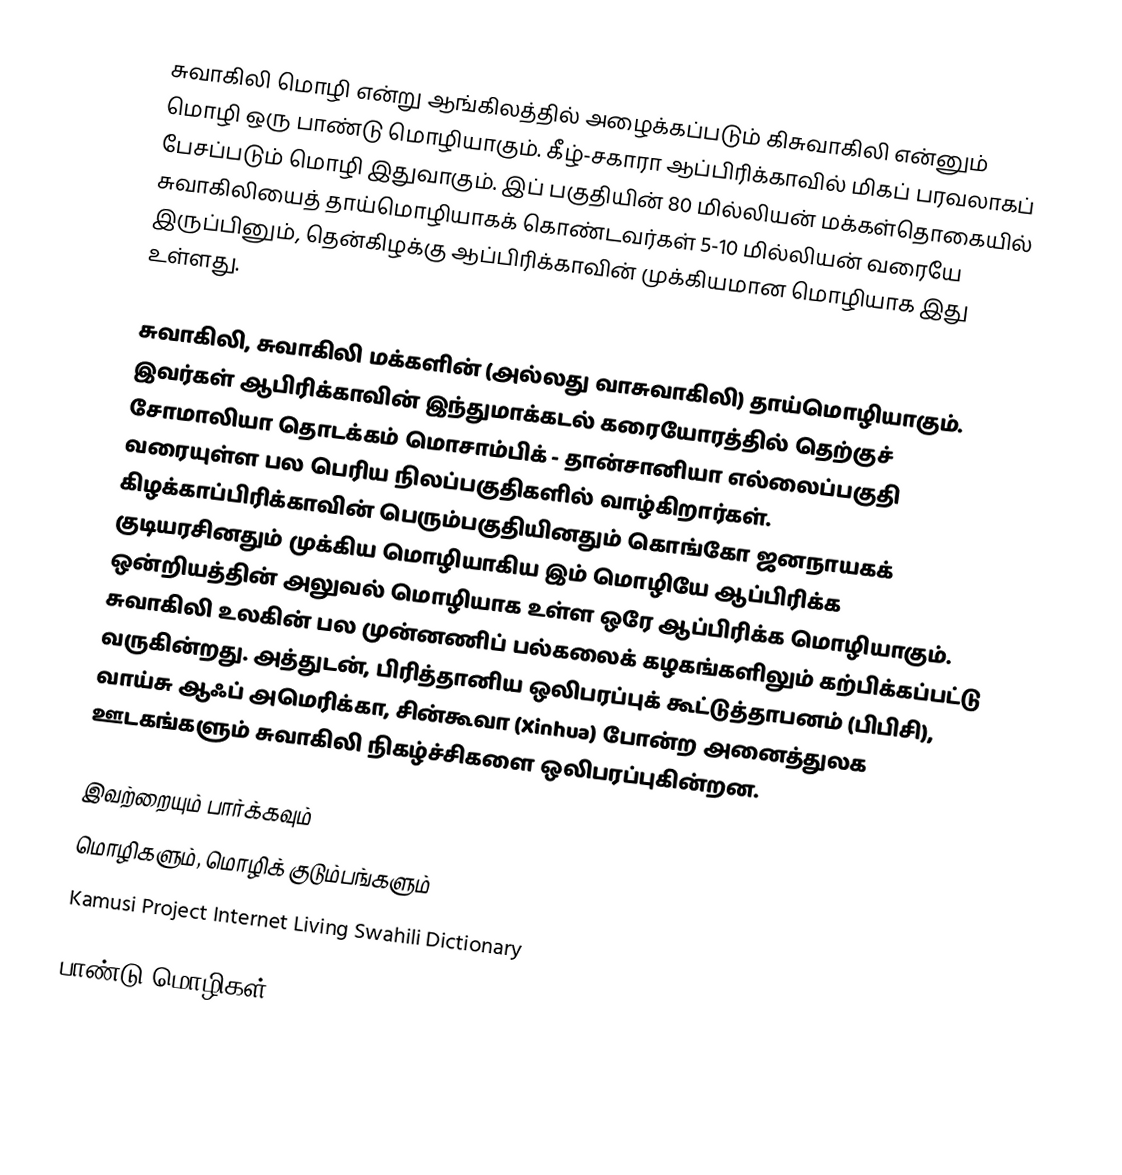
சுவாகிலி மொழி என்று ஆங்கிலத்தில் அழைக்கப்படும் கிசுவாகிலி என்னும் மொழி ஒரு பாண்டு மொழியாகும். கீழ்-சகாரா ஆப்பிரிக்காவில் மிகப் பரவலாகப் பேசப்படும் மொழி இதுவாகும். இப் பகுதியின் 80 மில்லியன் மக்கள்தொகையில் சுவாகிலியைத் தாய்மொழியாகக் கொண்டவர்கள் 5-10 மில்லியன் வரையே இருப்பினும், தென்கிழக்கு ஆப்பிரிக்காவின் முக்கியமான மொழியாக இது உள்ளது.

சுவாகிலி, சுவாகிலி மக்களின் (அல்லது வாசுவாகிலி) தாய்மொழியாகும். இவர்கள் ஆபிரிக்காவின் இந்துமாக்கடல் கரையோரத்தில் தெற்குச் சோமாலியா தொடக்கம் மொசாம்பிக் - தான்சானியா எல்லைப்பகுதி வரையுள்ள பல பெரிய நிலப்பகுதிகளில் வாழ்கிறார்கள். கிழக்காப்பிரிக்காவின் பெரும்பகுதியினதும் கொங்கோ ஜனநாயகக் குடியரசினதும் முக்கிய மொழியாகிய இம் மொழியே ஆப்பிரிக்க ஒன்றியத்தின் அலுவல் மொழியாக உள்ள ஒரே ஆப்பிரிக்க மொழியாகும். சுவாகிலி உலகின் பல முன்னணிப் பல்கலைக் கழகங்களிலும் கற்பிக்கப்பட்டு வருகின்றது. அத்துடன், பிரித்தானிய ஒலிபரப்புக் கூட்டுத்தாபனம் (பிபிசி), வாய்சு ஆஃப் அமெரிக்கா, சின்கூவா (Xinhua) போன்ற அனைத்துலக ஊடகங்களும் சுவாகிலி நிகழ்ச்சிகளை ஒலிபரப்புகின்றன.

இவற்றையும் பார்க்கவும்
 மொழிகளும், மொழிக் குடும்பங்களும்
 Kamusi Project Internet Living Swahili Dictionary

பாண்டு மொழிகள்